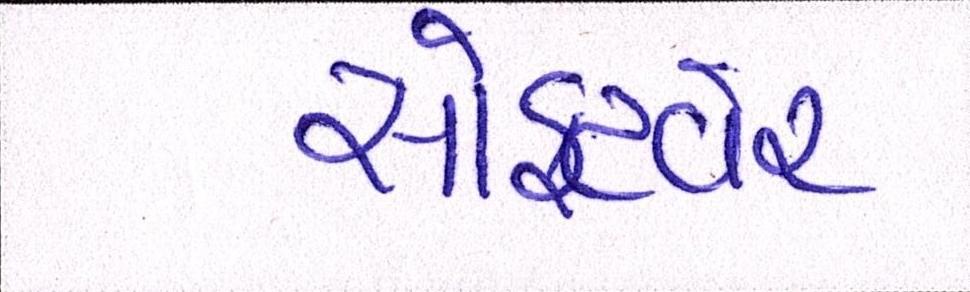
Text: સોફટવેર